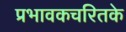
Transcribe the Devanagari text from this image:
प्रभावकचरितके